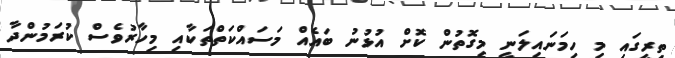
ތިރީގައި މި ހިމަނައިލަނީ މިގޮތުން ކޮށް އުޅުނު ބައެއް މަސައްކަތްތަކާއި މިހާރުވެސް ކުރަމުންދާ